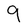
Character: 9